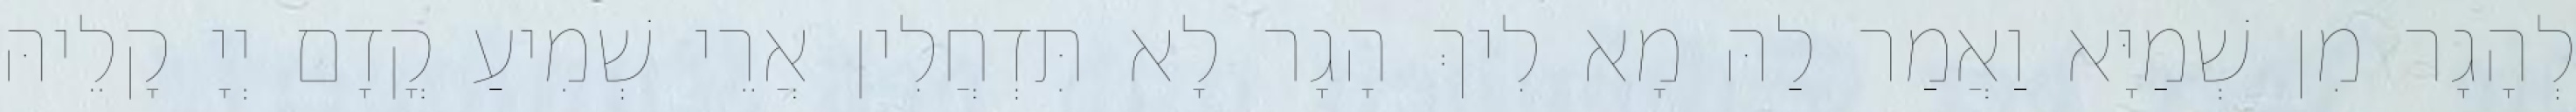
לְהָגָר מִן שְׁמַיָּא וַאֲמַר לַהּ מָא לִיךְ הָגָר לָא תִּדְחֲלִין אֲרֵי שְׁמִיעַ קֳדָם יְיָ קָלֵיהּ